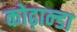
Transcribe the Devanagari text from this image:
कोढ़ान्‍डा